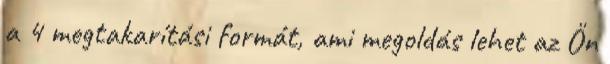
a 4 megtakarítási formát, ami megoldás lehet az Ön